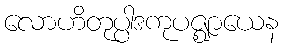
လောဟိတုပ္ပါဒကုပဇ္ဈာယေန